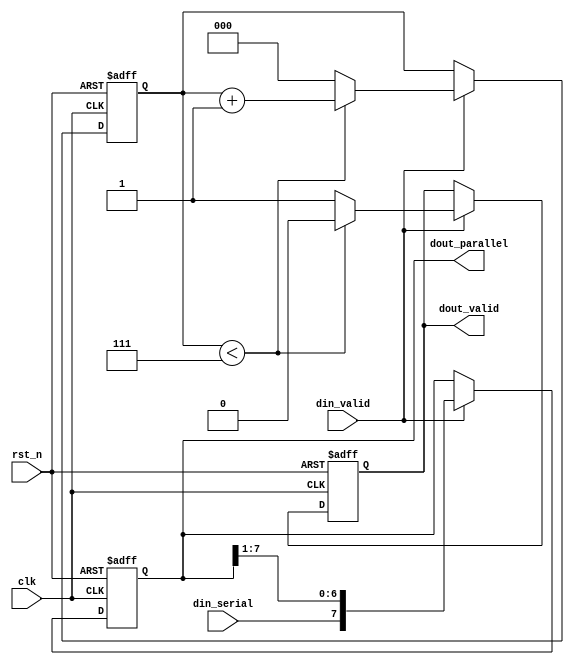
module serial2parallel (
    input clk,
    input rst_n,
    input din_serial,
    input din_valid,
    output reg [7:0] dout_parallel,
    output reg dout_valid
);

    // 3-bit counter to count up to 8 bits
    reg [2:0] cnt;

    // Reset and count logic
    always @(posedge clk or negedge rst_n) begin
        if (!rst_n) begin
            // Asynchronous reset
            cnt <= 3'd0;
            dout_parallel <= 8'd0;
            dout_valid <= 1'b0;
        end
        else if (din_valid) begin
            if (cnt < 3'd7) begin
                // Shift in the serial data starting from the MSB
                dout_parallel <= {din_serial, dout_parallel[7:1]};
                cnt <= cnt + 3'd1;
                dout_valid <= 1'b0;  // Not valid until 8 bits are received
            end
            else begin
                // Shift in the last bit and assert the valid signal
                dout_parallel <= {din_serial, dout_parallel[7:1]};
                dout_valid <= 1'b1;
                cnt <= 3'd0;  // Reset the counter
            end
        end
    end

endmodule